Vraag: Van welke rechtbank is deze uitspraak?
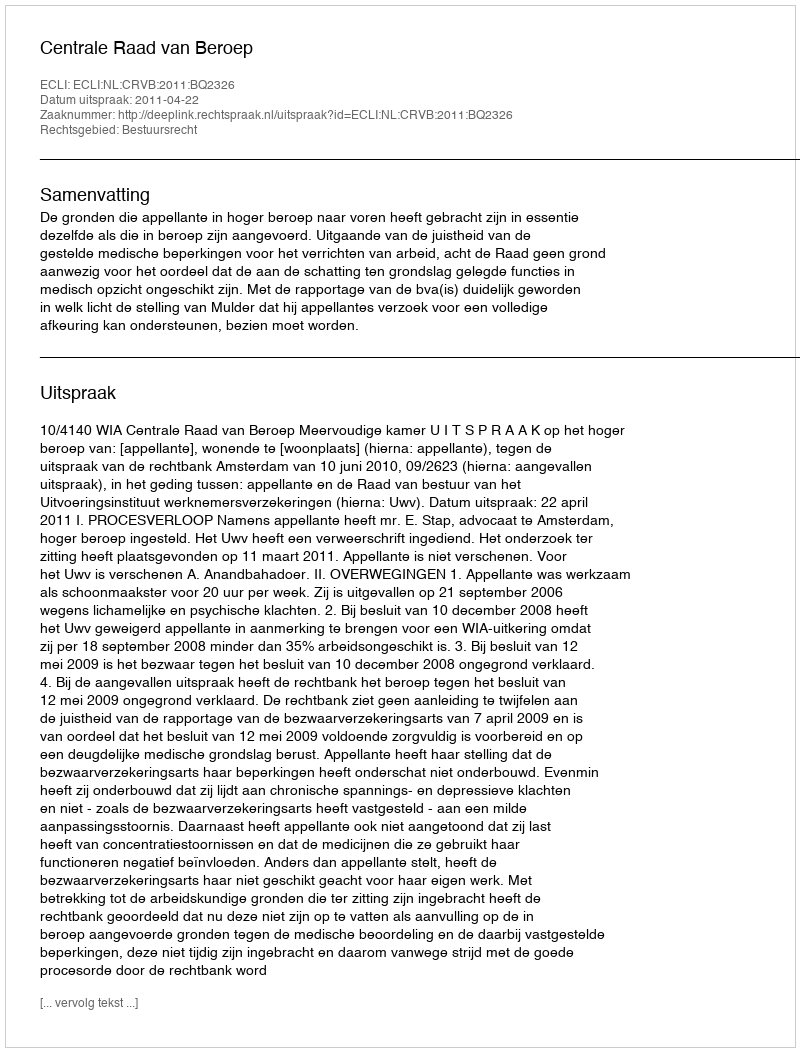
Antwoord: Centrale Raad van Beroep